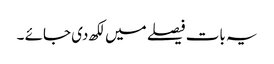
یہ بات فیصلے میں لکھ دی جائے ۔